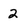
Character: 2